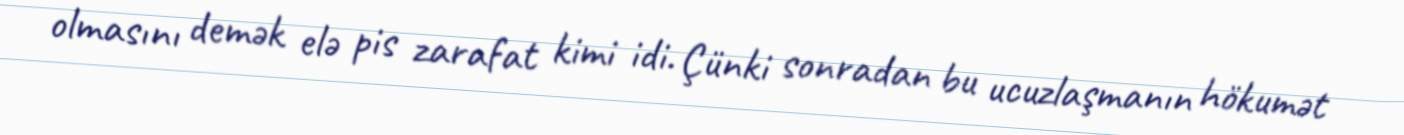
olmasını demək elə pis zarafat kimi idi. Çünki sonradan bu ucuzlaşmanın hökumət